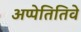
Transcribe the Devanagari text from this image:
अप्पेतितिवे